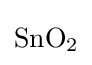
{\mathrm {SnO} {\vphantom {A}}_{\smash[{t}]{2}}}